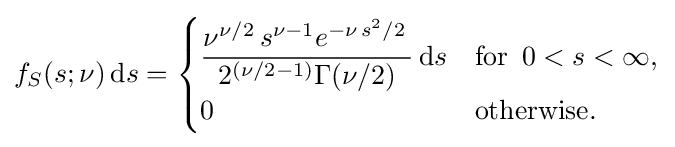
f_{S}(s;\nu )\,\mathrm {d} s={\begin{cases}{\dfrac {\nu ^{\nu /2}\,s^{\nu -1}e^{-\nu \,s^{2}/2}\,}{2^{\left(\nu /2-1\right)}\Gamma (\nu /2)}}\,\mathrm {d} s&{\text{for }}\,0<s<\infty ,\\[4pt]0&{\text{otherwise}}.\end{cases}}